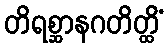
တိရစ္ဆာနဂတိတ္ထိံ